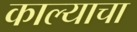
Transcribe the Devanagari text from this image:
काल्याचा